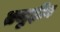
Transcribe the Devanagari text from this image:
तजुद्दीन